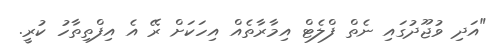
"އަދި ވުޖޫދުގައި ނެތް ފްލެޓް އިމާރާތެއް އިހަކަށް ރޭ އެ އިފްތިތާހު ކުރީ.